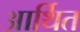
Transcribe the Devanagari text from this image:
आर्थित